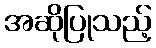
အဆိုပြုသည့်